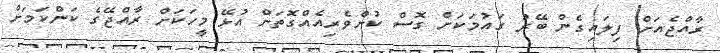
ރާއްޖެއަށް ފިލައިގެން ބޭރު ގައުމަކަށް ގޮސް ކުށްވެރިއެއްގޮތަށް އުޅޭ މީހަކަށް ރާއްޖޭގެ ކަންކަމަށް